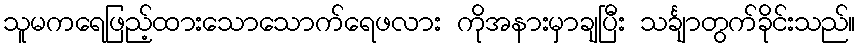
သူမကရေဖြည့်ထားသောသောက်ရေဖလား ကိုအနားမှာချပြီး သင်္ချာတွက်ခိုင်းသည်။